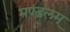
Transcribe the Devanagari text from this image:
मण्डलम्